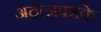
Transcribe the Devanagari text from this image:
अंदाजपत्रके